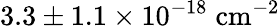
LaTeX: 3.3\pm 1.1\times 10^{-18}\; \mathrm{{cm^{-2}}}